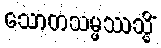
သောတသမ္ဖဿသ္မိံ